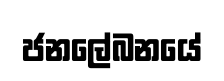
ජනලේබනයේ